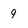
Character: 9